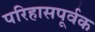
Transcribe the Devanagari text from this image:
परिहासपूर्वक